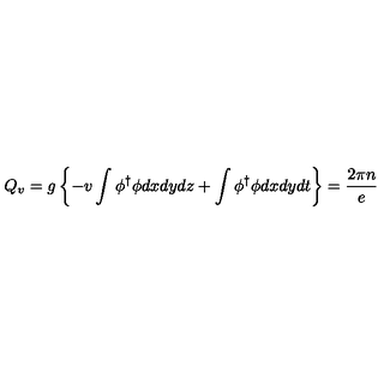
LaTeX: Q _ { v } = g \left\{ - v \int \phi ^ { \dagger } \phi d x d y d z + \int \phi ^ { \dagger } \phi d x d y d t \right\} = \frac { 2 \pi n } { e }